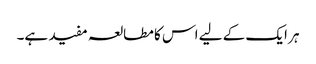
ہر ایک کے لیے اس کا مطالعہ مفید ہے۔